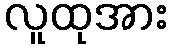
လူထုအား